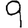
Digit: 9